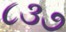
૮૩૭